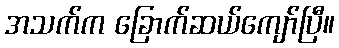
အသက်က ခြောက်ဆယ်ကျော်ပြီ။